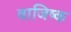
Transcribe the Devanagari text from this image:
वाजिष्क